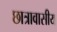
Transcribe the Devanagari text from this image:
छात्रावासीय